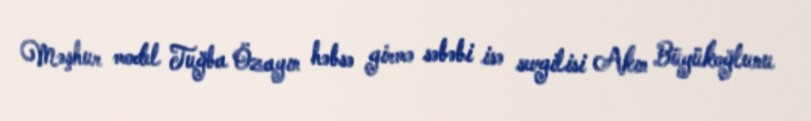
Məşhur model Tuğba Özayın həbsə girmə səbəbi isə sevgilisi Akın Büyükoğlunu